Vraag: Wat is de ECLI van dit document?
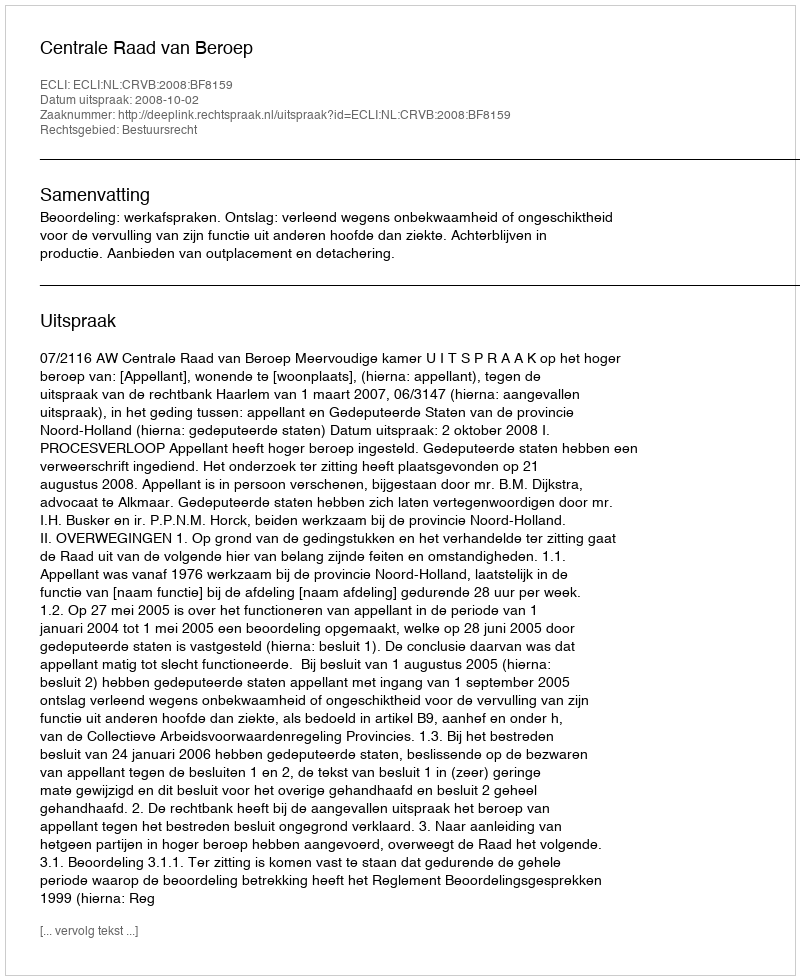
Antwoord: ECLI:NL:CRVB:2008:BF8159